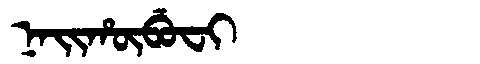
Manchu: ᠨᠠᡳᡥᡡᠪᡠᠸᡳ
Romanization: NAIHŪBUFI